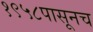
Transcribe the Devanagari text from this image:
१९५८पासूनच